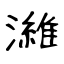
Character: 濰